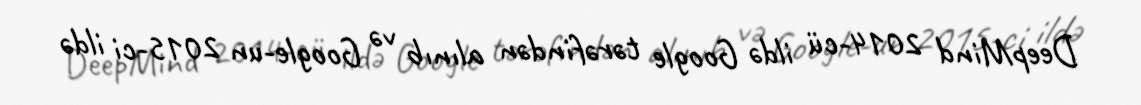
DeepMind 2014-cü ildə Google tərəfindən alınıb və Google-un 2015-ci ildə